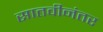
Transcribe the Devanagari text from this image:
सातवीनंतर